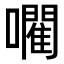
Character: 𡃦